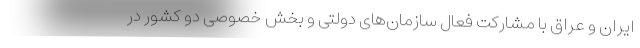
ایران و عراق با مشارکت فعال سازمان‌های دولتی و بخش خصوصی دو کشور در